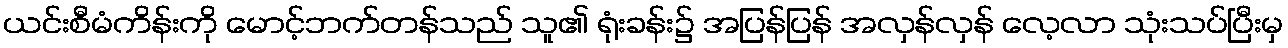
ယင်းစီမံကိန်းကို မောင့်ဘက်တန်သည် သူ၏ ရုံးခန်း၌ အပြန်ပြန် အလှန်လှန် လေ့လာ သုံးသပ်ပြီးမှ